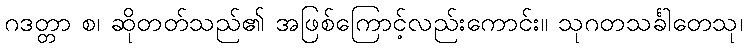
ဂဒတ္တာ စ၊ ဆိုတတ်သည်၏ အဖြစ်ကြောင့်လည်းကောင်း။ သုဂတသင်္ခါတေသု၊